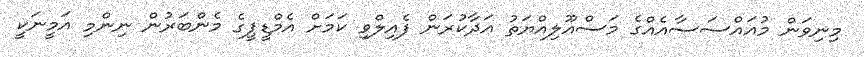
މިނިވަން މުއައްސަސާއެއްގެ މަސްއޫލިއްޔަތު އަދާކުރަން ފެއިލްވި ކަމަށް އެމްޑީޕީގެ މެންބަރުން ނިންމި އަމީނަކީ